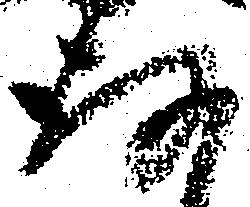
存